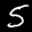
Label: 5